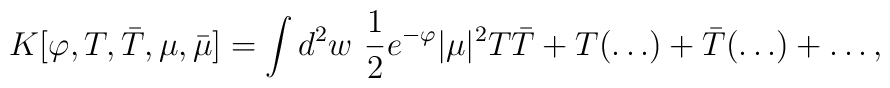
K[\varphi,T,\bar{T},\mu,\bar{\mu}]=\int d^2w\,\, {1\over 2} e^{-\varphi} |\mu|^2 T\bar{T} + T(\ldots)+\bar{T}(\ldots) + \ldots,